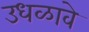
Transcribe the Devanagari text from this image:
उधळावे